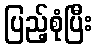
ပြည့်စုံပြီး